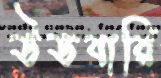
উডবারি